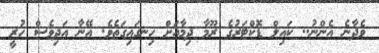
ވެދާނެ އެންނު.. ކައިލް ޑޮކްޓަރުގެ ރޫމާ ދިމާއަށް ހިނގައިގަތެވެ. އޭނާ އަދިވެސް ހުރީ